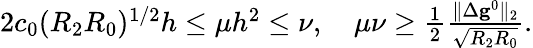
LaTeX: \begin{array}{r}{2c_{0}(R_{2}R_{0})^{1/2}h\leq\mu h^{2}\leq\nu,\quad\mu\nu\geq\frac{1}{2}\frac{\| \Delta\mathbf{g}^{0}\| _{2}}{\sqrt{R_{2}R_{0}}}.}\end{array}